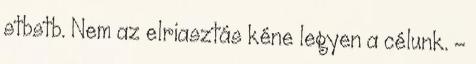
stbstb. Nem az elriasztás kéne legyen a célunk. –